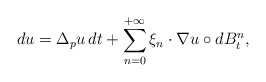
\begin{align*} d u = \Delta_p u \, d t + \sum_{n=0}^{+\infty} \xi_{n} \cdot \nabla u \circ d B_t^{n} ,\end{align*}